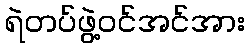
ရဲတပ်ဖွဲ့ဝင်အင်အား